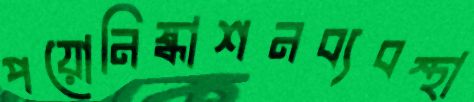
পয়োনিষ্কাশনব্যবস্থা